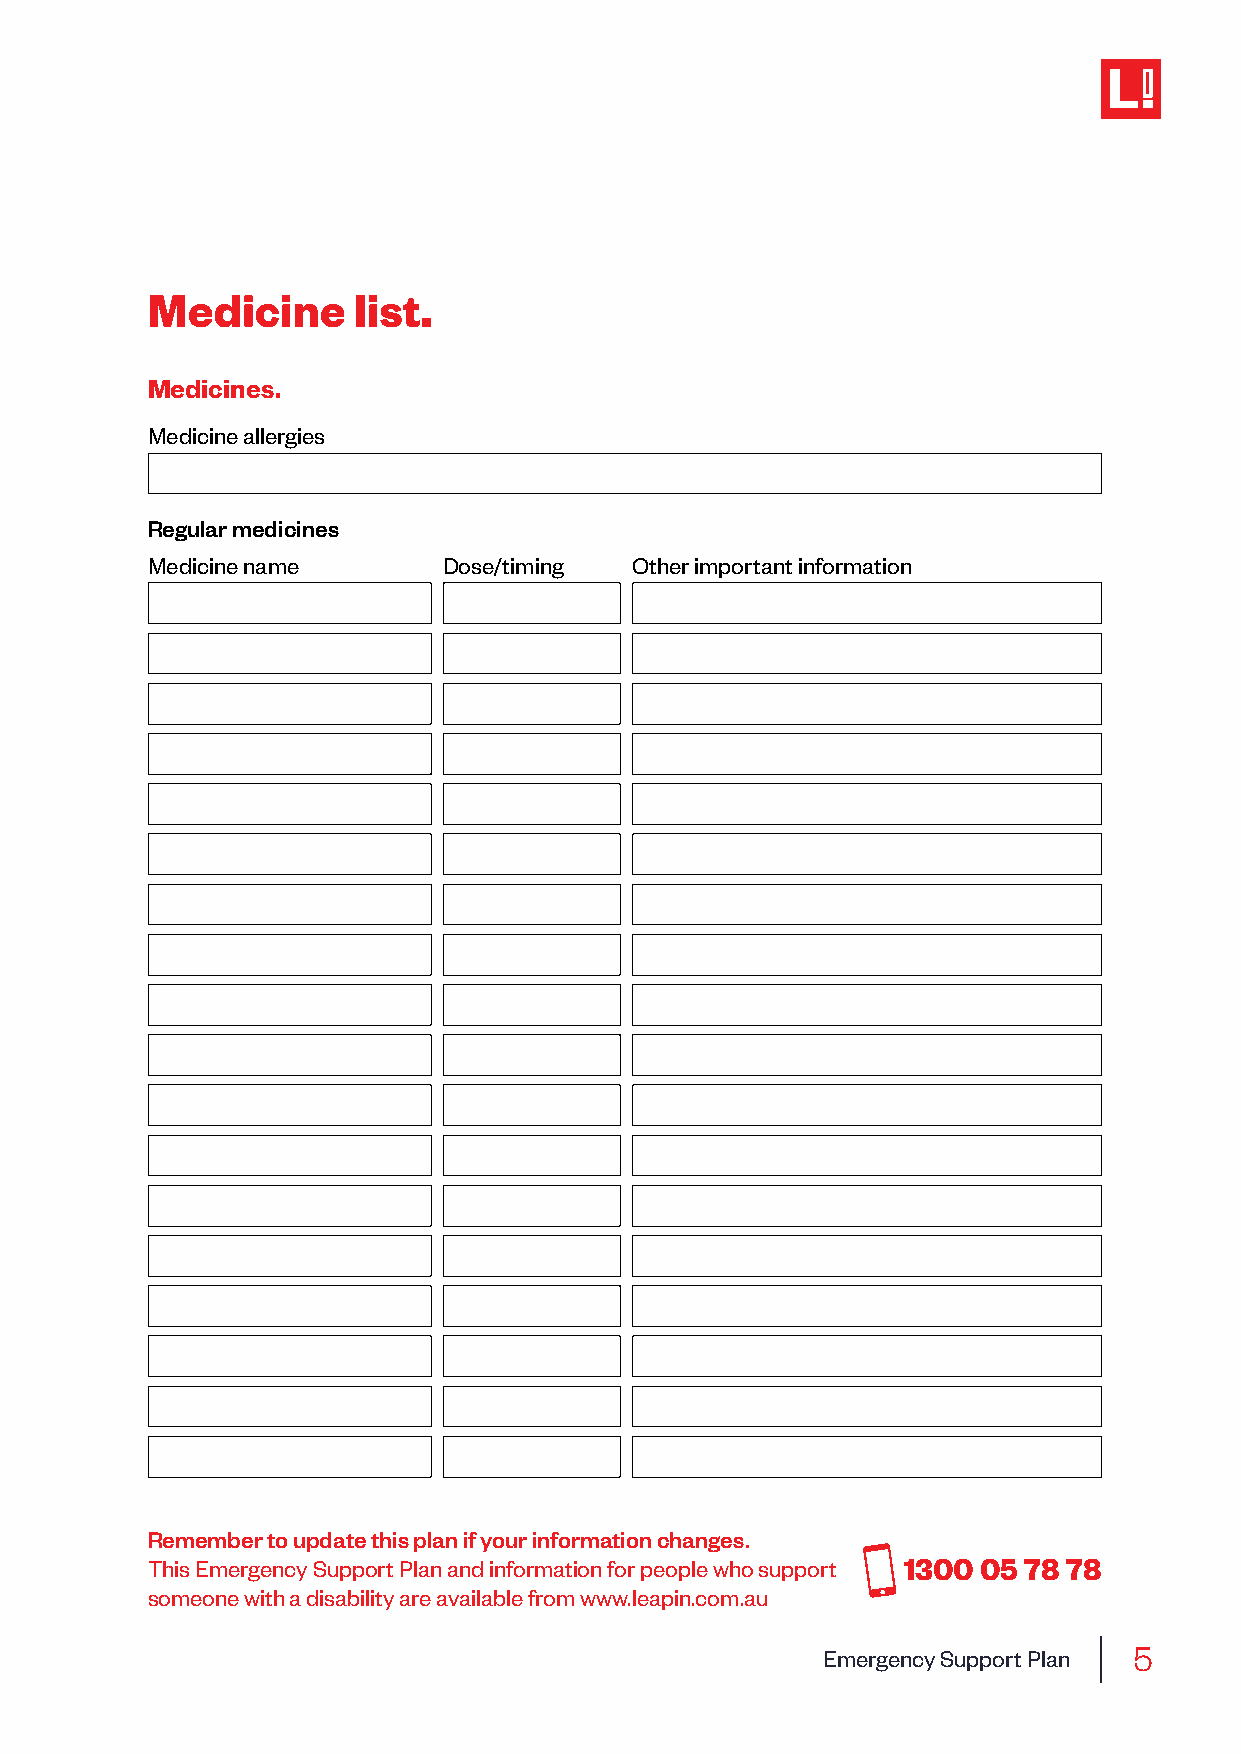
Medicine     list.
 Medicines.
 Medicine allergies
 Regular medicines
 Medicine name      Dose/timing  Other important information
 Remember to update this plan if your information changes.
 This Emergency Support Plan and information for people who support 1300 05 78 78
 someone with a disability are available from www.leapin.com.au
 5
 Emergency Support Plan